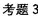
考题3